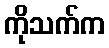
ကိုသက်က